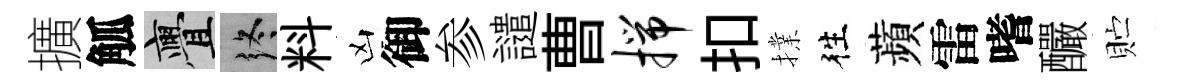
擴觚亹终料凶御参譴曹揣扣擈徃蘋雷嗜釅贮